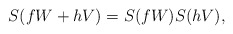
\begin{align*} S(fW+hV)=S(fW)S(hV),\end{align*}